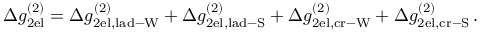
\Delta g _ { \mathrm { 2 e l } } ^ { ( 2 ) } = \Delta g _ { \mathrm { 2 e l , l a d - W } } ^ { ( 2 ) } + \Delta g _ { \mathrm { 2 e l , l a d - S } } ^ { ( 2 ) } + \Delta g _ { \mathrm { 2 e l , c r - W } } ^ { ( 2 ) } + \Delta g _ { \mathrm { 2 e l , c r - S } } ^ { ( 2 ) } \, .